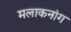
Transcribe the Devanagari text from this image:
मलाकनांग